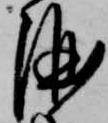
酒